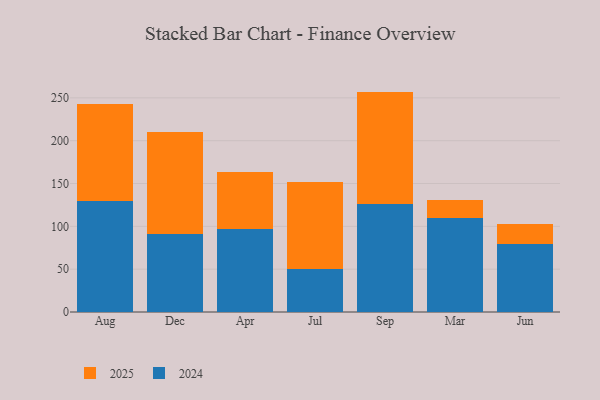
{"axis": {"x": "Month", "y": "Active Users"}, "legend": ["2024", "2025"], "data": [{"x": "Aug", "y": 129.2, "type": "2024"}, {"x": "Aug", "y": 114.2, "type": "2025"}, {"x": "Dec", "y": 91.6, "type": "2024"}, {"x": "Dec", "y": 119.1, "type": "2025"}, {"x": "Apr", "y": 96.4, "type": "2024"}, {"x": "Apr", "y": 67.5, "type": "2025"}, {"x": "Jul", "y": 50.7, "type": "2024"}, {"x": "Jul", "y": 101.0, "type": "2025"}, {"x": "Sep", "y": 125.7, "type": "2024"}, {"x": "Sep", "y": 131.6, "type": "2025"}, {"x": "Mar", "y": 109.4, "type": "2024"}, {"x": "Mar", "y": 21.2, "type": "2025"}, {"x": "Jun", "y": 79.7, "type": "2024"}, {"x": "Jun", "y": 23.2, "type": "2025"}]}